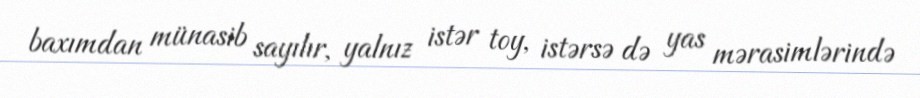
baxımdan münasib sayılır, yalnız istər toy, istərsə də yas mərasimlərində